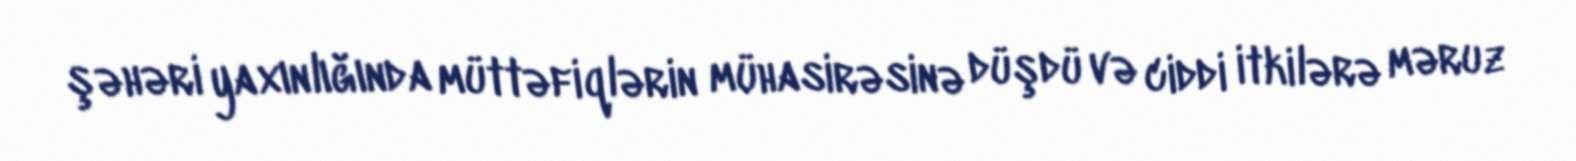
şəhəri yaxınlığında müttəfiqlərin mühasirəsinə düşdü və ciddi itkilərə məruz